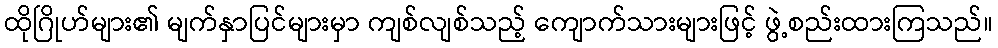
ထိုဂြိုဟ်များ၏ မျက်နှာပြင်များမှာ ကျစ်လျစ်သည့် ကျောက်သားများဖြင့် ဖွဲ့စည်းထားကြသည်။